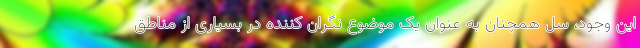
این وجود، سل همچنان به عنوان یک موضوع نگران کننده در بسیاری از مناطق